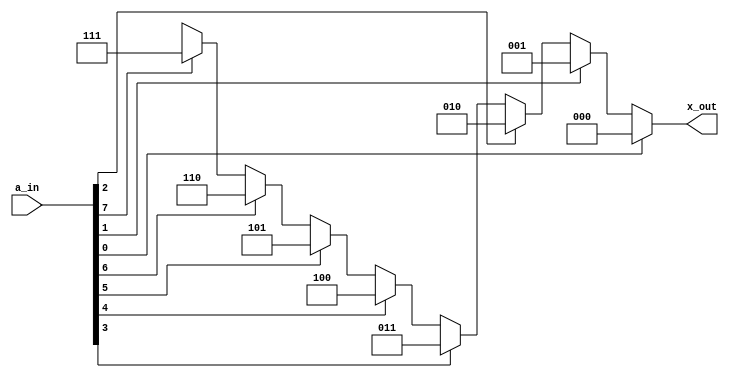
// defining module enc8to3 which will be an 8-to-3 priority encoder
module enc8to3 (x_out, a_in);

    // defining input and output
    output [2:0] x_out;
    input [7:0] a_in;
    
    reg [2:0] x_out;

    // program runs whenever there is a valid input containing atleast one 1
    always @(a_in)
    begin
        
        // this part checks the position of least significant 1 present in the input
        if(a_in[0]==1) x_out = 3'b000;
        else if(a_in[1]==1) x_out = 3'b001;
        else if(a_in[2]==1) x_out = 3'b010;
        else if(a_in[3]==1) x_out = 3'b011;
        else if(a_in[4]==1) x_out = 3'b100;
        else if(a_in[5]==1) x_out = 3'b101;
        else if(a_in[6]==1) x_out = 3'b110;
        else if(a_in[7]==1) x_out = 3'b111;
        else x_out = 3'bx;

    end
endmodule